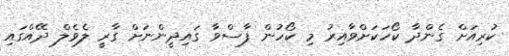
ކުރިއަށް ގެންދާ ކޯހަކަށްވާއިރު މި ކޯހުން ފާސްވާ ގައިދީންނަށް ގާރީ ލެވެލް ދޭއްގައި